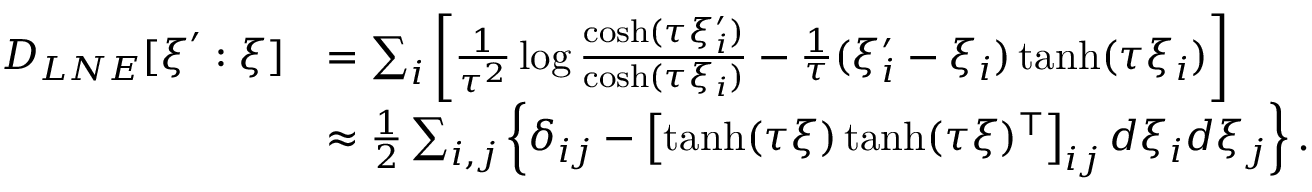
\begin{array} { r l } { D _ { L N E } [ \boldsymbol { \xi } ^ { \prime } : \boldsymbol { \xi } ] } & { = \sum _ { i } \left[ \frac { 1 } { \tau ^ { 2 } } \log \frac { \cosh ( \tau \xi _ { i } ^ { \prime } ) } { \cosh ( \tau \xi _ { i } ) } - \frac { 1 } { \tau } ( \xi _ { i } ^ { \prime } - \xi _ { i } ) \operatorname { t a n h } ( \tau \xi _ { i } ) \right] } \\ & { \approx \frac { 1 } { 2 } \sum _ { i , j } \left\{ \delta _ { i j } - \left[ \operatorname { t a n h } ( \tau \boldsymbol { \xi } ) \operatorname { t a n h } ( \tau \boldsymbol { \xi } ) ^ { \top } \right] _ { i j } d \xi _ { i } d \xi _ { j } \right\} . } \end{array}